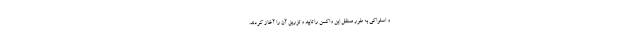
و اسلواکی به طور مستقل این واکسن را تایید و تزریق آن را آغاز کردند.